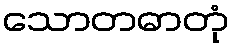
သောတဓာတုံ